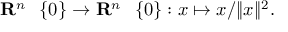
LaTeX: \mathbf { R } ^ { n } \setminus \{ 0 \} \to \mathbf { R } ^ { n } \setminus \{ 0 \} : x \mapsto x / \| x \| ^ { 2 } .